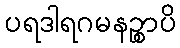
ပရဒါရဂမနဉ္စာပိ